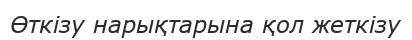
Өткізу нарықтарына қол жеткізу